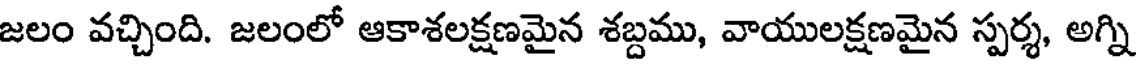
జలం వచ్చింది. జలంలో ఆకాశలక్షణమైన శబ్దము, వాయులక్షణమైన స్పర్శ, అగ్ని